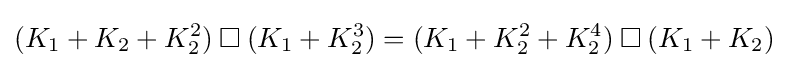
(K_{1}+K_{2}+K_{2}^{2})\mathbin {\square } (K_{1}+K_{2}^{3})=(K_{1}+K_{2}^{2}+K_{2}^{4})\mathbin {\square } (K_{1}+K_{2})